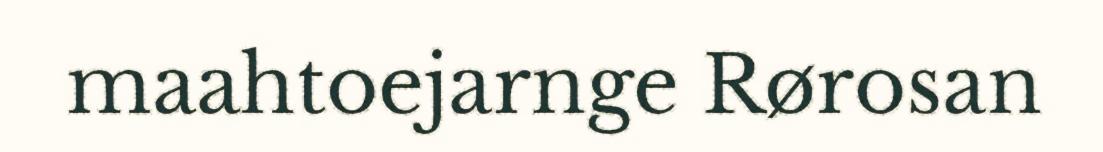
maahtoejarnge Rørosan